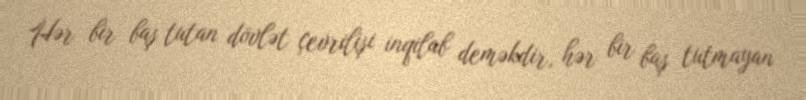
Hər bir baş tutan dövlət çevrilişi inqilab deməkdir, hər bir baş tutmayan